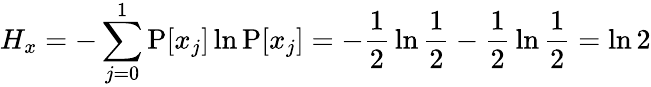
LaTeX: H_{x}=-\sum_{j=0}^{1}\operatorname{P}[x_{j}]\ln\operatorname{P}[x_{j}]=-{\frac{1}{2}}\ln{\frac{1}{2}}-{\frac{1}{2}}\ln{\frac{1}{2}}=\ln 2